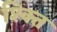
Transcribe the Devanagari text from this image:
श्क्ति